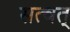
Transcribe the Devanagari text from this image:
सत्वत्